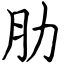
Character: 肋